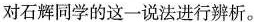
对石辉同学的这一说法进行辨析。